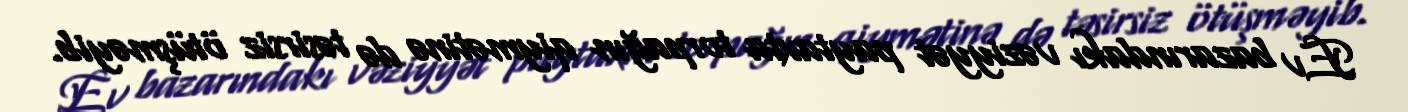
Ev bazarındakı vəziyyət paytaxta torpağın qiymətinə də təsirsiz ötüşməyib.